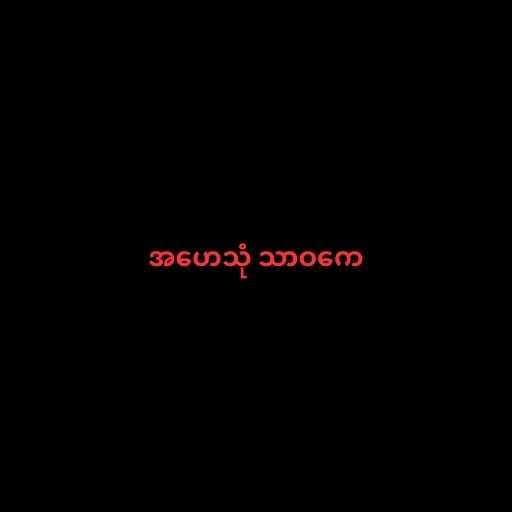
အဟေသုံ သာဝကေ